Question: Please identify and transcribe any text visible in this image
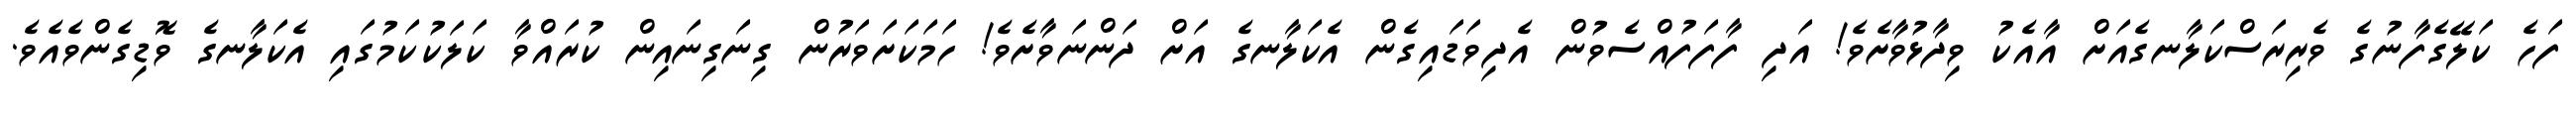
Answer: ފަހެ ކަލޭގެފާނުގެ ވެރިރަސްކަލާނގެއަށް އާއެކު ވިދާޅުވާށެވެ! އަދި ފާފަފުއްސެވުން އެދިވަޑައިގެން އެކަލާނގެ އަށް ދަންނަވާށެވެ! ހަމަކަށަވަރުން ގިނަގިނައިން ކުރައްވާ ކަލަކުކަމުގައި އެކަލާނގެ ވޮޑިގެންވެއެވެ.